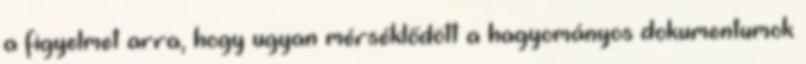
a figyelmet arra, hogy ugyan mérséklődött a hagyományos dokumentumok